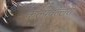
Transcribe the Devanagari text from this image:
कल्पवल्लरी